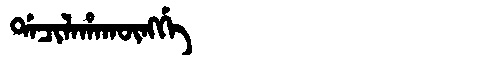
Manchu: ᡩᠠᠴᡳᠯᠠᡥᠠᡴᡡᠩᡤᡝ
Romanization: DACILAHAKŪNGGE